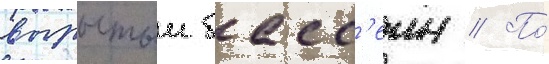
вырытыи басс'еин // По́